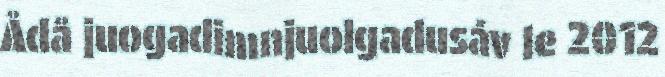
Ådå juogadimnjuolgadusáv le 2012